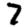
Digit: 7